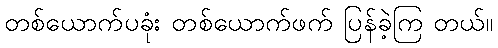
တစ်ယောက်ပခုံး တစ်ယောက်ဖက် ပြန်ခဲ့ကြ တယ်။